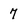
Character: 7